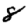
Digit: 8